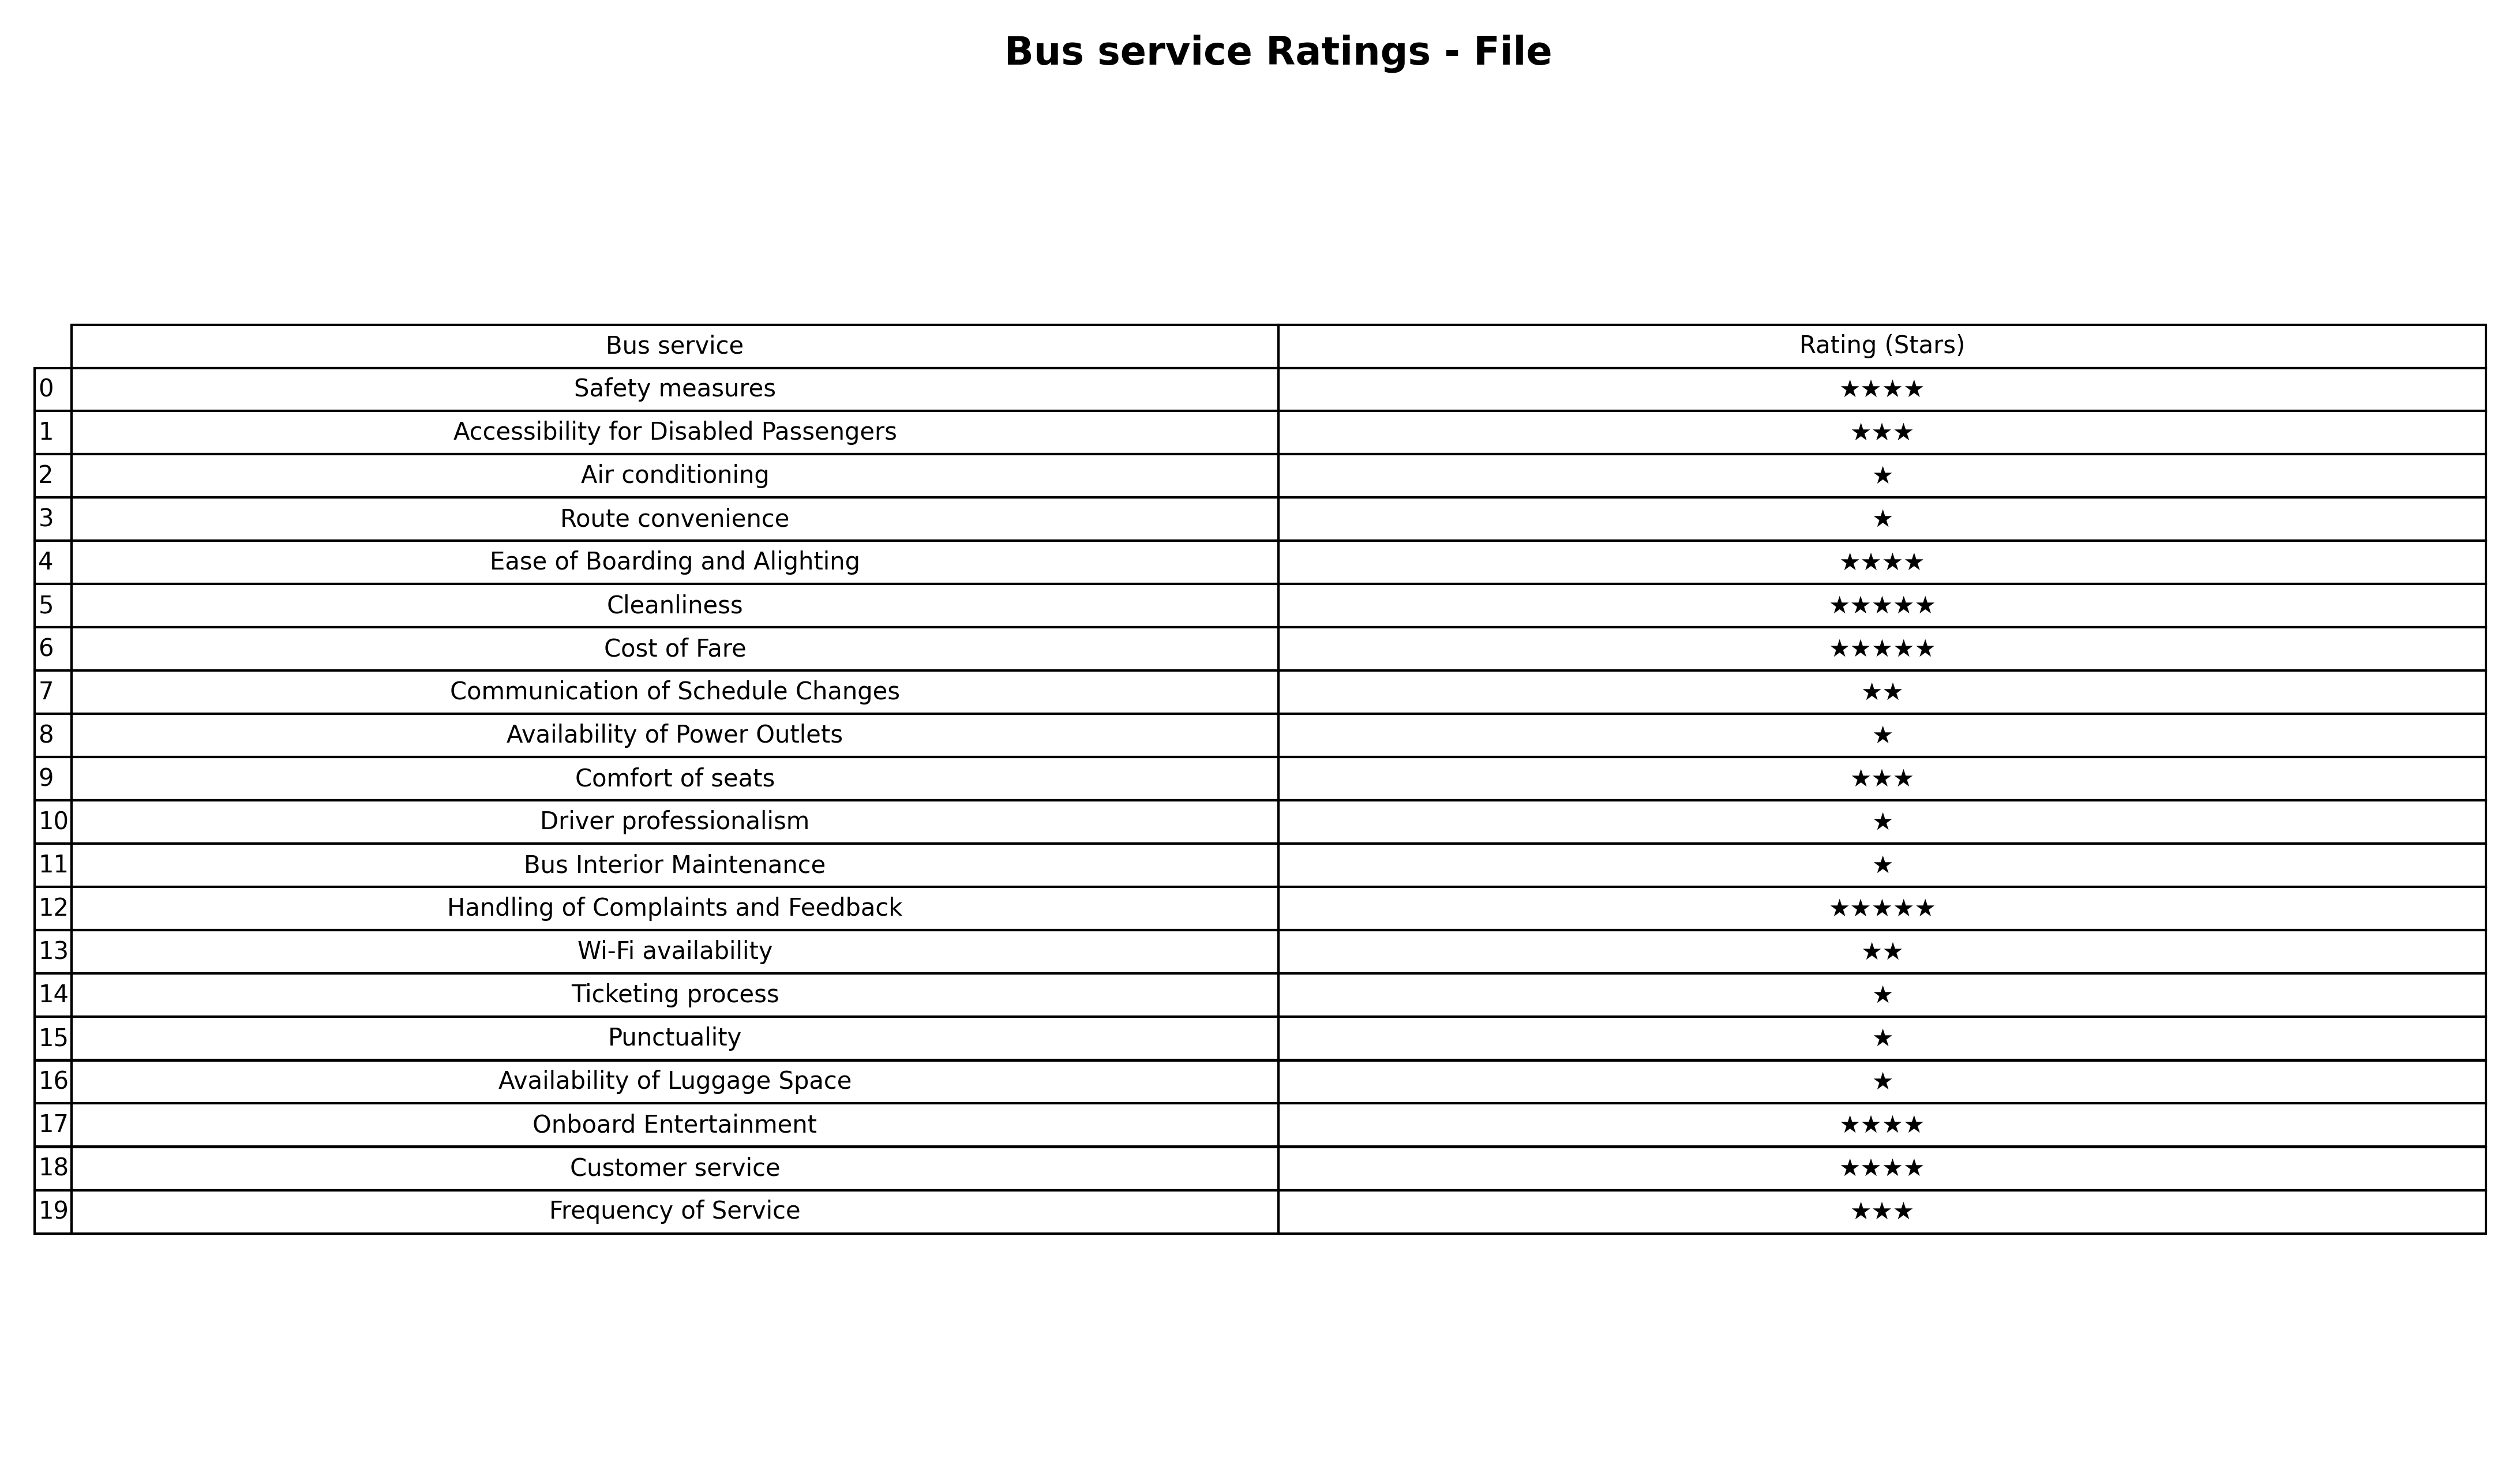
question: What are three star services?
answer: Accessibility for Disabled PassengersComfort of seatsFrequency of Service